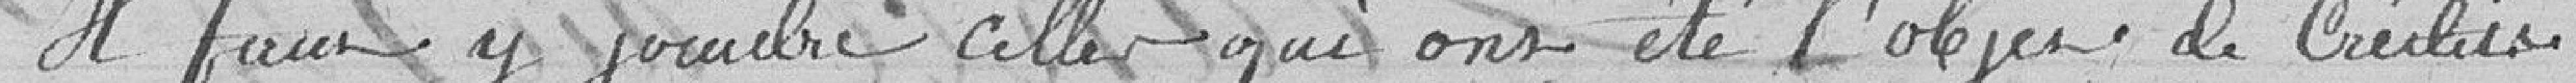
Il faut y joindre celle qui ont étél'objet de Crédits